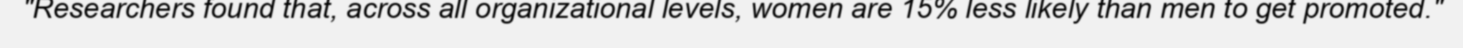
"Researchers found that, across all organizational levels, women are 15% less likely than men to get promoted."